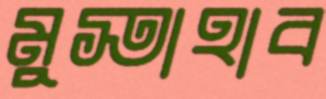
মুস্তাহাব